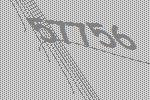
57756